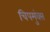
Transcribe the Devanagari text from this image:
चिपमुंक्स